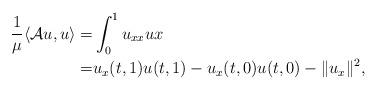
LaTeX: \begin{align*}\frac{1}{\mu}\langle \mathcal{A}u,u\rangle =& \int_{0}^1 u_{xx}ux \\ =& u_{x}(t,1)u(t,1)- u_{x}(t,0)u(t,0)- \|u_x\|^2,\end{align*}